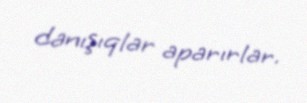
danışıqlar aparırlar.